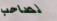
لصاحب